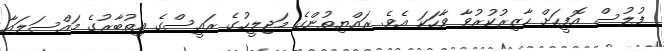
ފުލުސް އޮފީހަށް ހާޒިރުކުރުވާ ވާހަކަ އެވެ. ރައްޔިތުންގެ މަޖިލީހުގެ ރައީސްގެ އިތުބާރުގެ މައްސަލައާ